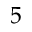
5